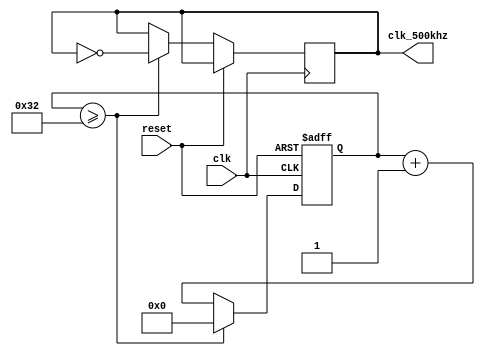
module divider(clk,clk_500khz,reset) ;
    input clk;

    input reset;

    output clk_500khz;

    reg clk_500khz;  //500KHZ

    reg [5:0] count;//delay_20ms


always @(posedge clk or posedge reset)  //50kHz

            begin
                if(reset)
                  count<=0;

            else if(count>=50) begin clk_500khz<=~clk_500khz;count<=0;end

            else count<=count+1;

        end

endmodule